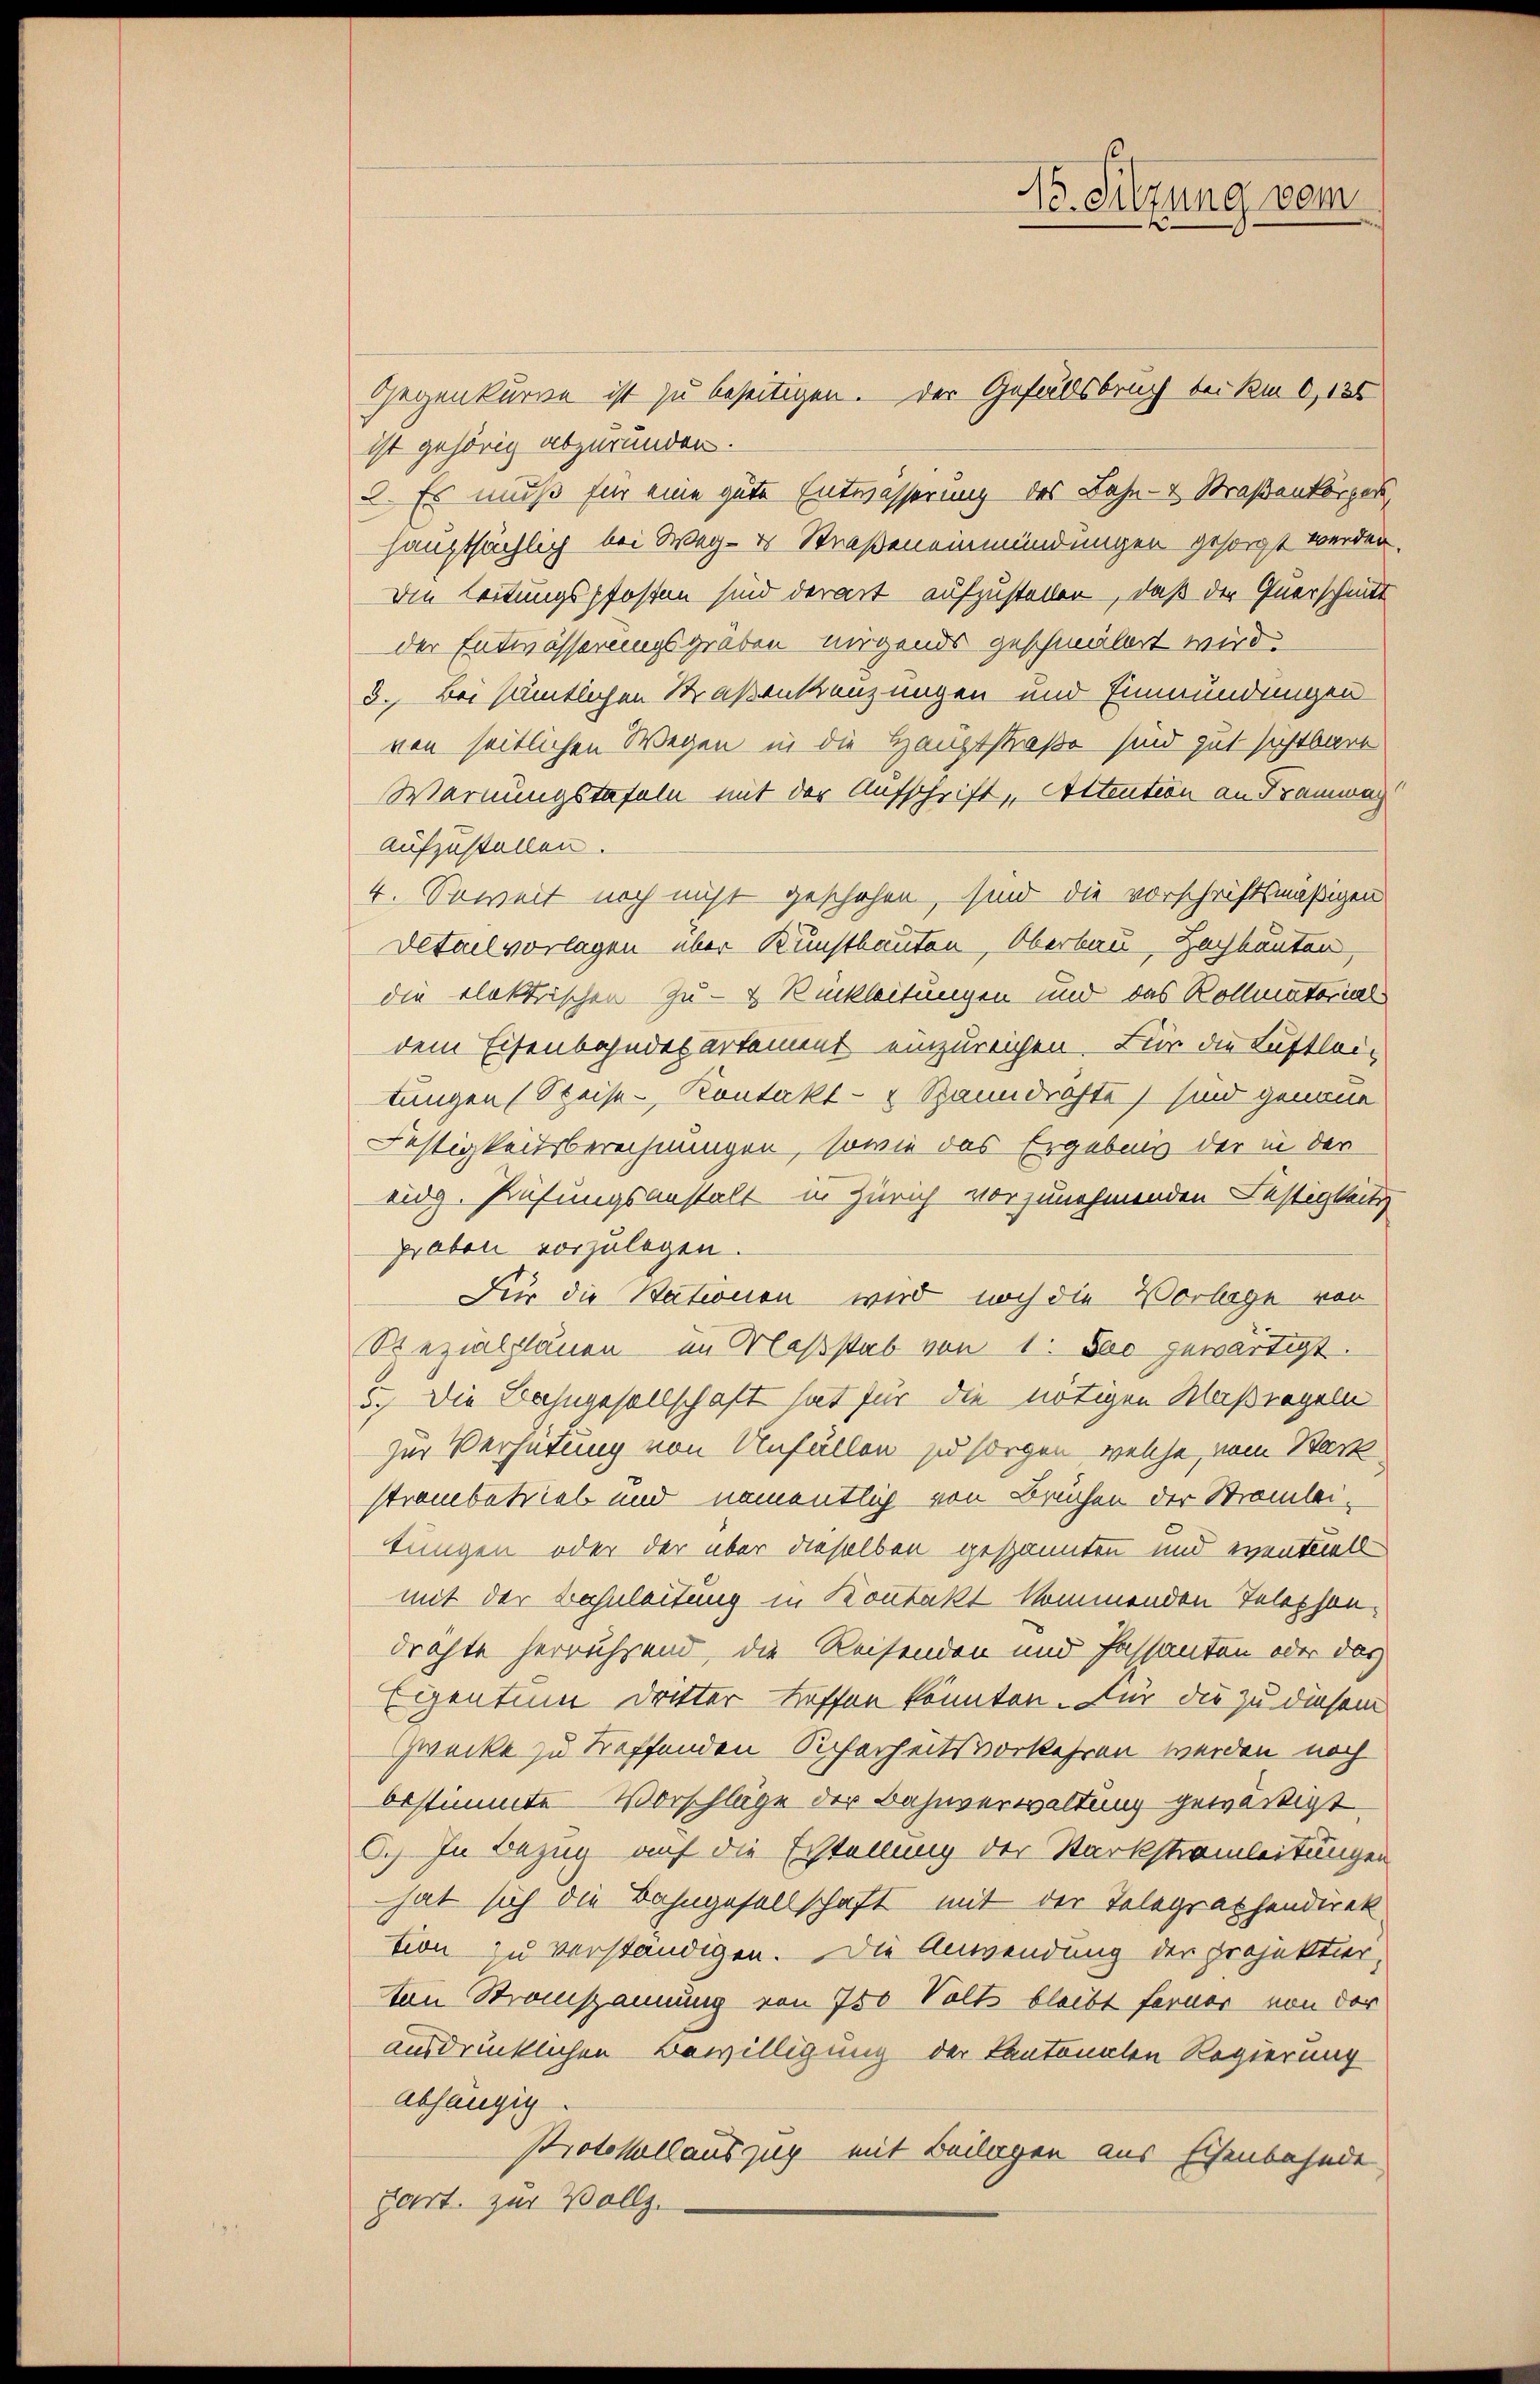
N. Sitzung vom

Gegenkurve ist zu beseitigen. Der Gefällsbruch bei km 0,125
ist gehörig abzurunden.
2. Es muß für eine gute Entwässerung des Lahn- & Straßenkörper,
hauptsächlich bei Weg- u Straßen einmündungen gesorgt werden.
Die Leitungspfosten sind derart aufzustellen, daß der Querschnitt
der Entwässerungsgräben nirgends geschmälert wird.
3. Bei sämtlichen Straßenkreuzungen und Einmündungen
von seitlichen Wegen in die Hauptstraße sind gut sichtbare
Warnungstafeln mit der Aufschrift, Altention an Tramway
aufzustellen.
4. Soweit noch nicht geschehen, sind die vorschriftsmäßigen
Detailvorlagen über Kunstbauten, Oberbau, Hochbauten,
die elektrischen Zu- & Rückleitungen und das Rollmatorial
dem Eisenbahndesartement einzureichen. Für die Luftlei-
tungen (Speise- Kontakt- & Spanndrohte sind genaue
Festigkeitsberechnungen, sowie das Ergebnis der in der
eidg. Prüfungsanstalt in Zürich vorzunehmenden Festigkeits
proben vorzulegen.
Für die Stationen wird noch die Vorlage von
Rezialplänen im Maßstab von 1. So gewärtigt.
5. Die Bahngesellschaft hat für die nötigen Maßregeln
zur Verhütung von Unfällen zu sorgen, welche, vom Stack
strambetrieb und namentlich von Bruchen der Stromlitungen oder der über dieselben gespannten und eventuell
mit der Bahnleitung in Kontakt kommenden Telephondrähte herrührend, die Reisenden und Fassanten oder das
Egentum dritter treffen könnten. Für die zu diesem
Zwecke zu treffenden Sicherheitsvorkehren werden noch
bestimmte Vorschläge der Bahnverwaltung gewärtigt
C.) In Bezug auf die Erstellung der Starkstrainleitungen
hat sich die Bahngesellschaft mit der Telegraphendirek
tion zu verständigen. Die Anwendung der Projektier,
ton Stranspannung von 750 Volt bleibt ferner von der
ausdrücklichen Bewilligung der Kantonalen Regierung
Abhangig.
Protokollauszug mit Beilagen aus Eisenbahnde
part. zur Vollz.